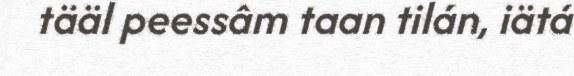
tääl peessâm taan tilán, iätá